65_HS1-834228961_62-HQ-83894_Section_8
Agency: FBI
Page 148
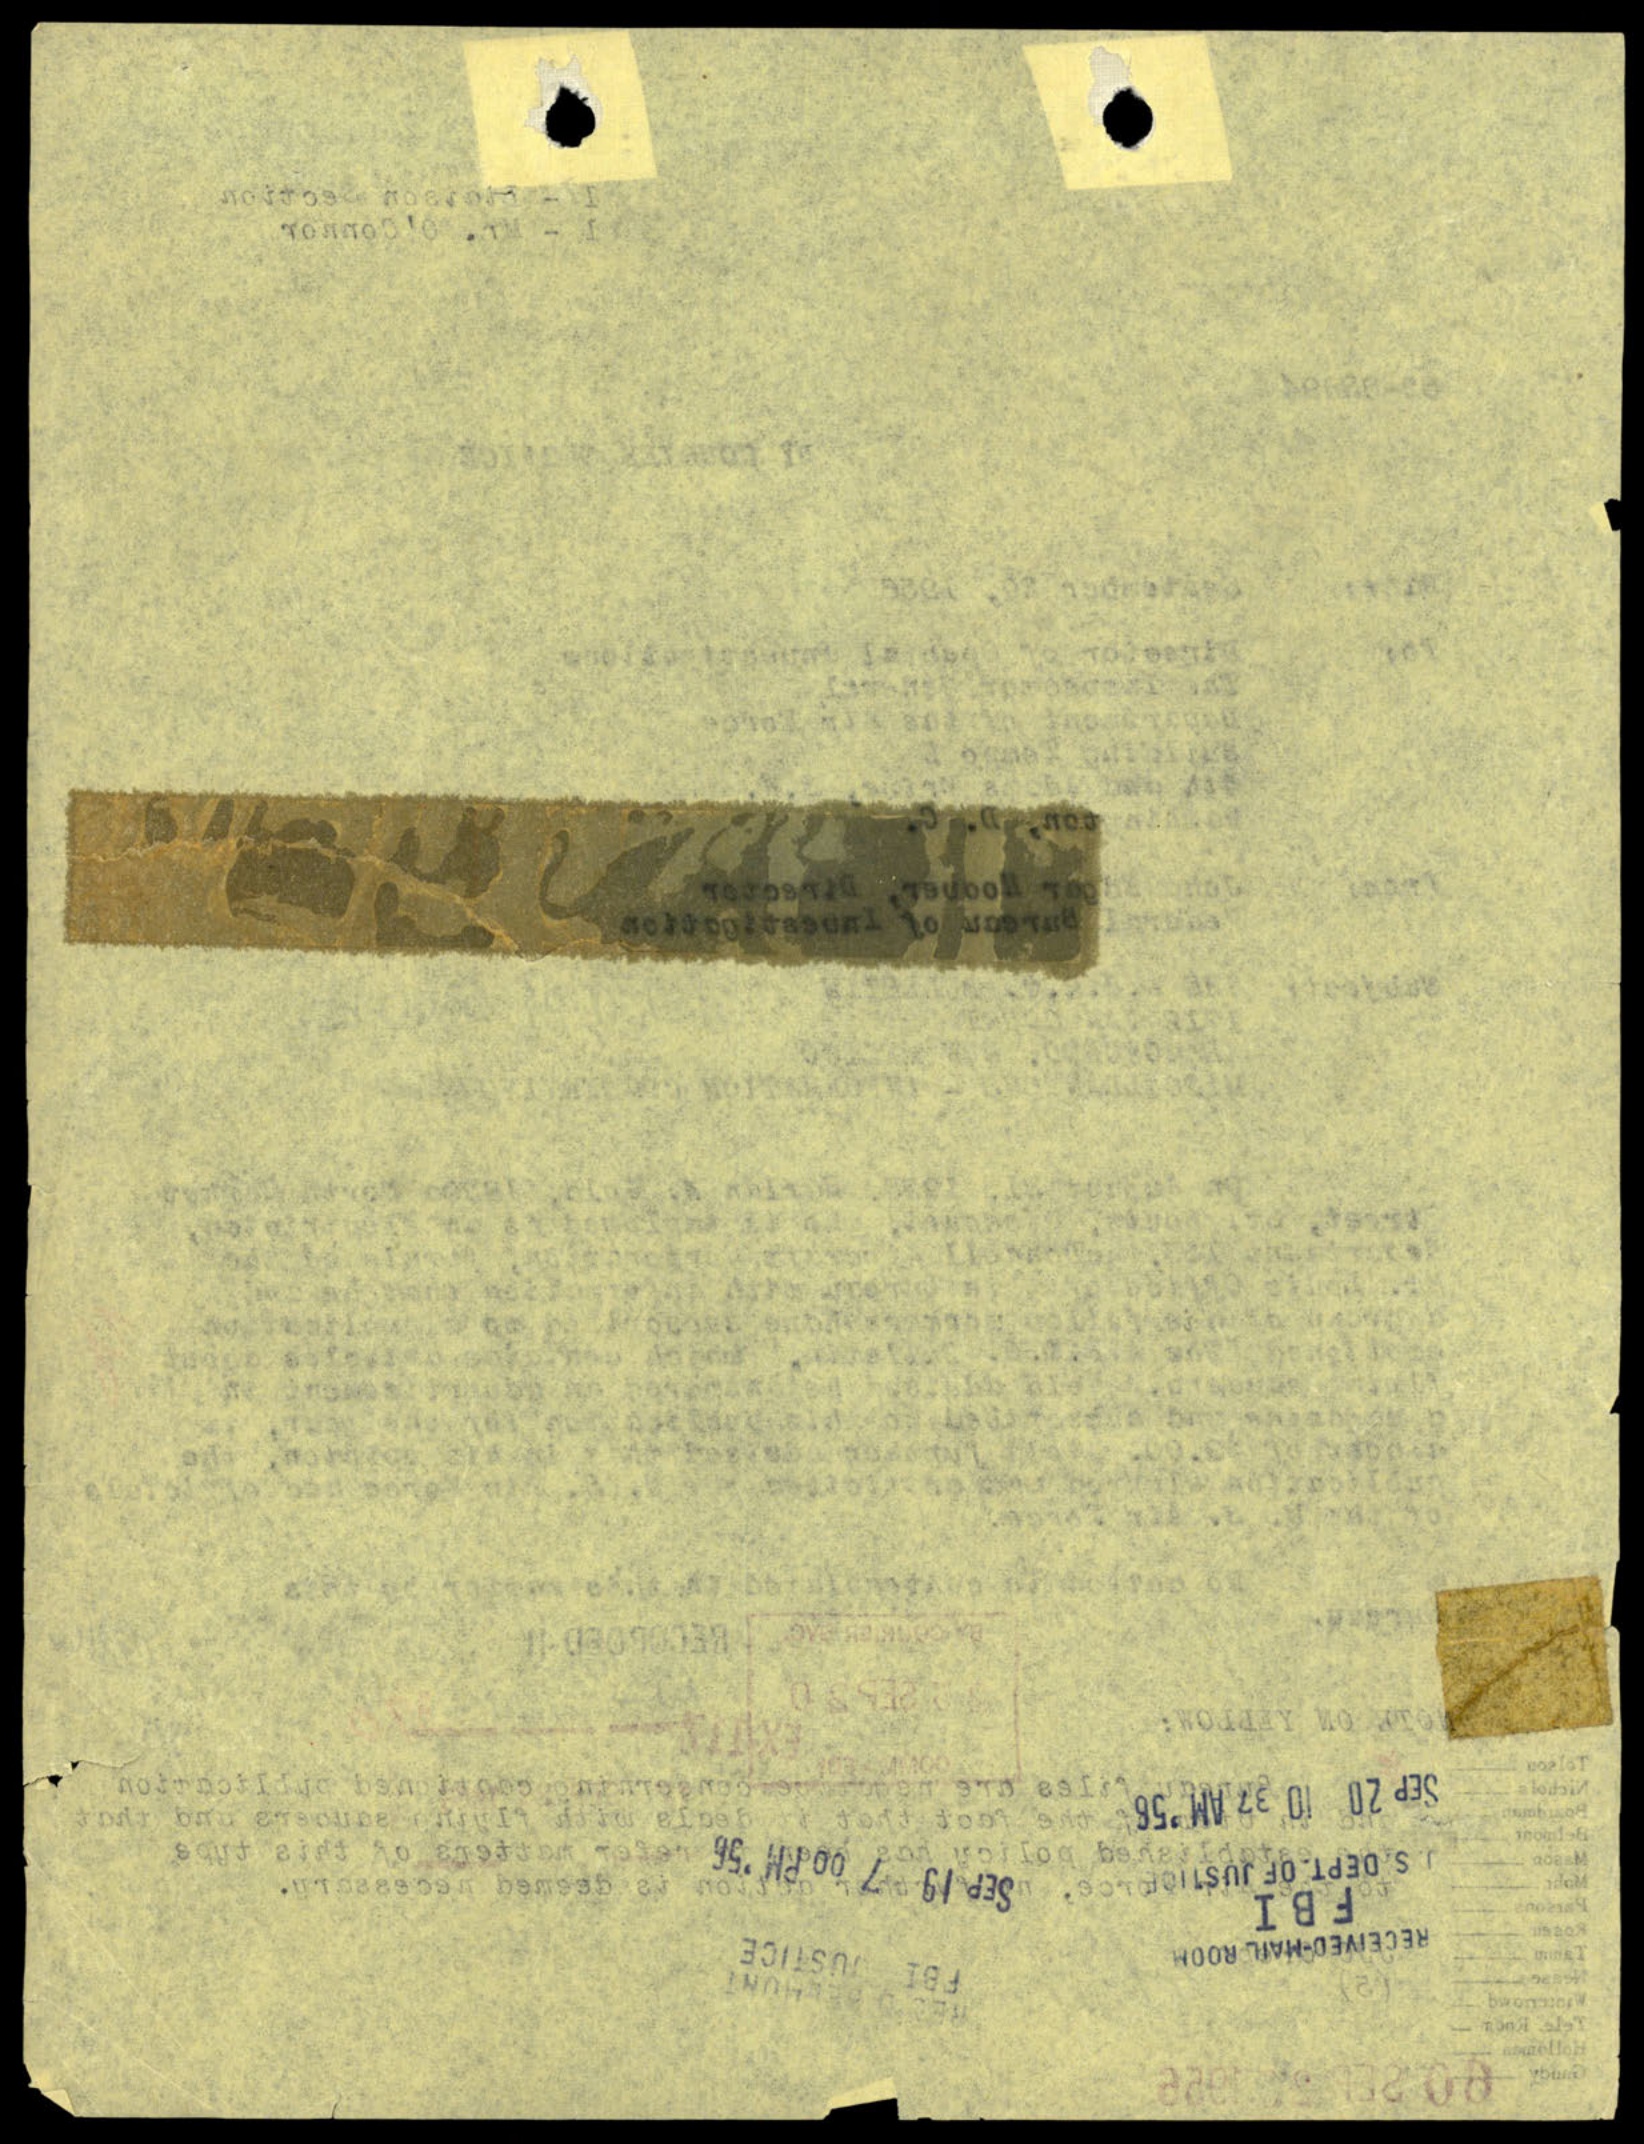